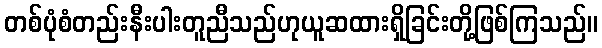
တစ်ပုံစံတည်းနီးပါးတူညီသည်ဟုယူဆထားရှိခြင်းတို့ဖြစ်ကြသည်။